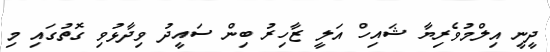
ދީނީ އިލްމުވެރިޔާ ޝައިހް އަލީ ޒާހިރު ބިން ސައީދު ވިދާޅުވި ގޮތުގައި މި